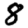
Digit: 8